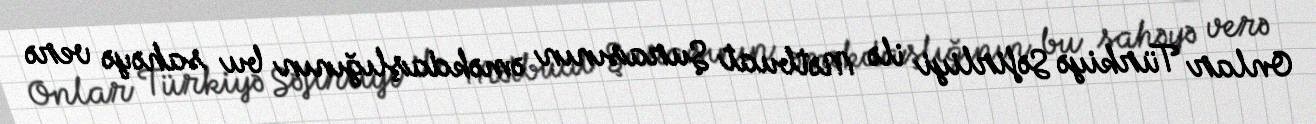
Onlar Türkiyə Səfirliyi ilə Mətbuat Şurasının əməkdaşlığının bu sahəyə verə